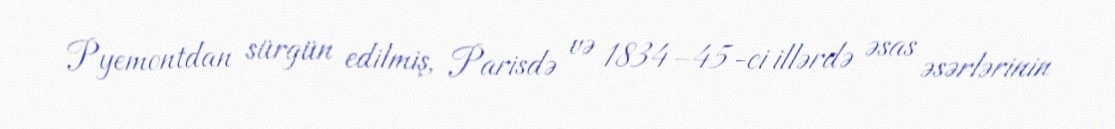
Pyemontdan sürgün edilmiş, Parisdə və 1834–45-ci illərdə əsas əsərlərinin